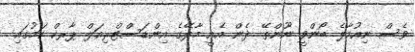
ވެސް ނިއުމާލެ ބޯންވީ ނޫންތޭ. ދެން އެއީ މާލޭގެ އިންޑަސްޓްރިއަލް ޕާރކް ކަމުގައި